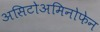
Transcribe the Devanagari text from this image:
असिटोअमिनोफेन